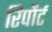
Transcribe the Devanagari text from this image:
रिपोंर्ट